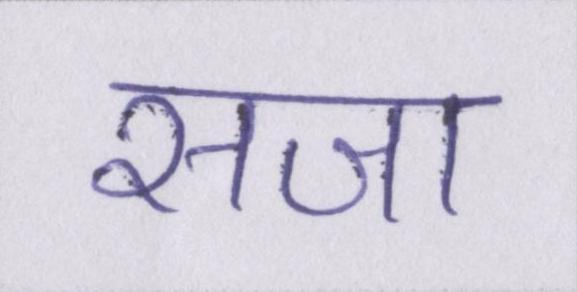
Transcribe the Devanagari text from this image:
सजा